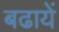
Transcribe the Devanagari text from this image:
बढायें